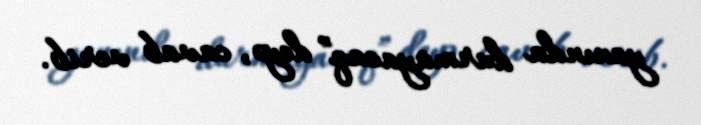
yanında durmayacaq” deyə, cavab verib.